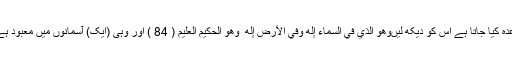
یہاں تک کہ جس دن کا ان سے وعدہ کیا جاتا ہے اس کو دیکھ لیںوَهُوَ الَّذِي فِي السَّمَاءِ إِلَٰهٌ وَفِي الْأَرْضِ إِلَٰهٌ ۚ وَهُوَ الْحَكِيمُ الْعَلِيمُ ( 84 ) اور وہی (ایک) آسمانوں میں معبود ہے اور (وہی) زمین میں معبود ہے۔